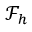
\mathcal { F } _ { h }